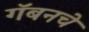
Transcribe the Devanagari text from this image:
गॅबनचे